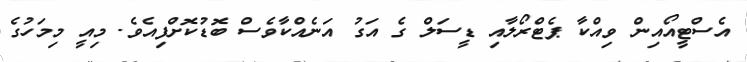
އެސްޓީއޯއިން ވިއްކާ ޕެޓްރޯލާއި ޑީސަލް ގެ އަގު އަނެއްކާވެސް ބޮޑުކޮށްފިއެވެ. މިއީ މިމަހުގެ